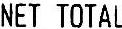
NET TOTAL